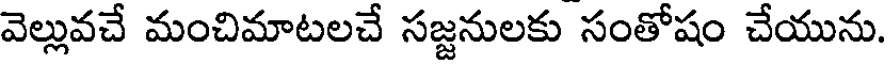
వెల్లువచే మంచిమాటలచే సజ్జనులకు సంతోషం చేయును.